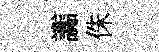
讟侏